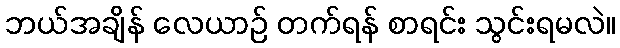
ဘယ်အချိန် လေယာဉ် တက်ရန် စာရင်း သွင်းရမလဲ။